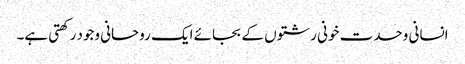
انسانی وحدت خونی رشتوں کے بجائے ایک روحانی وجود رکھتی ہے۔